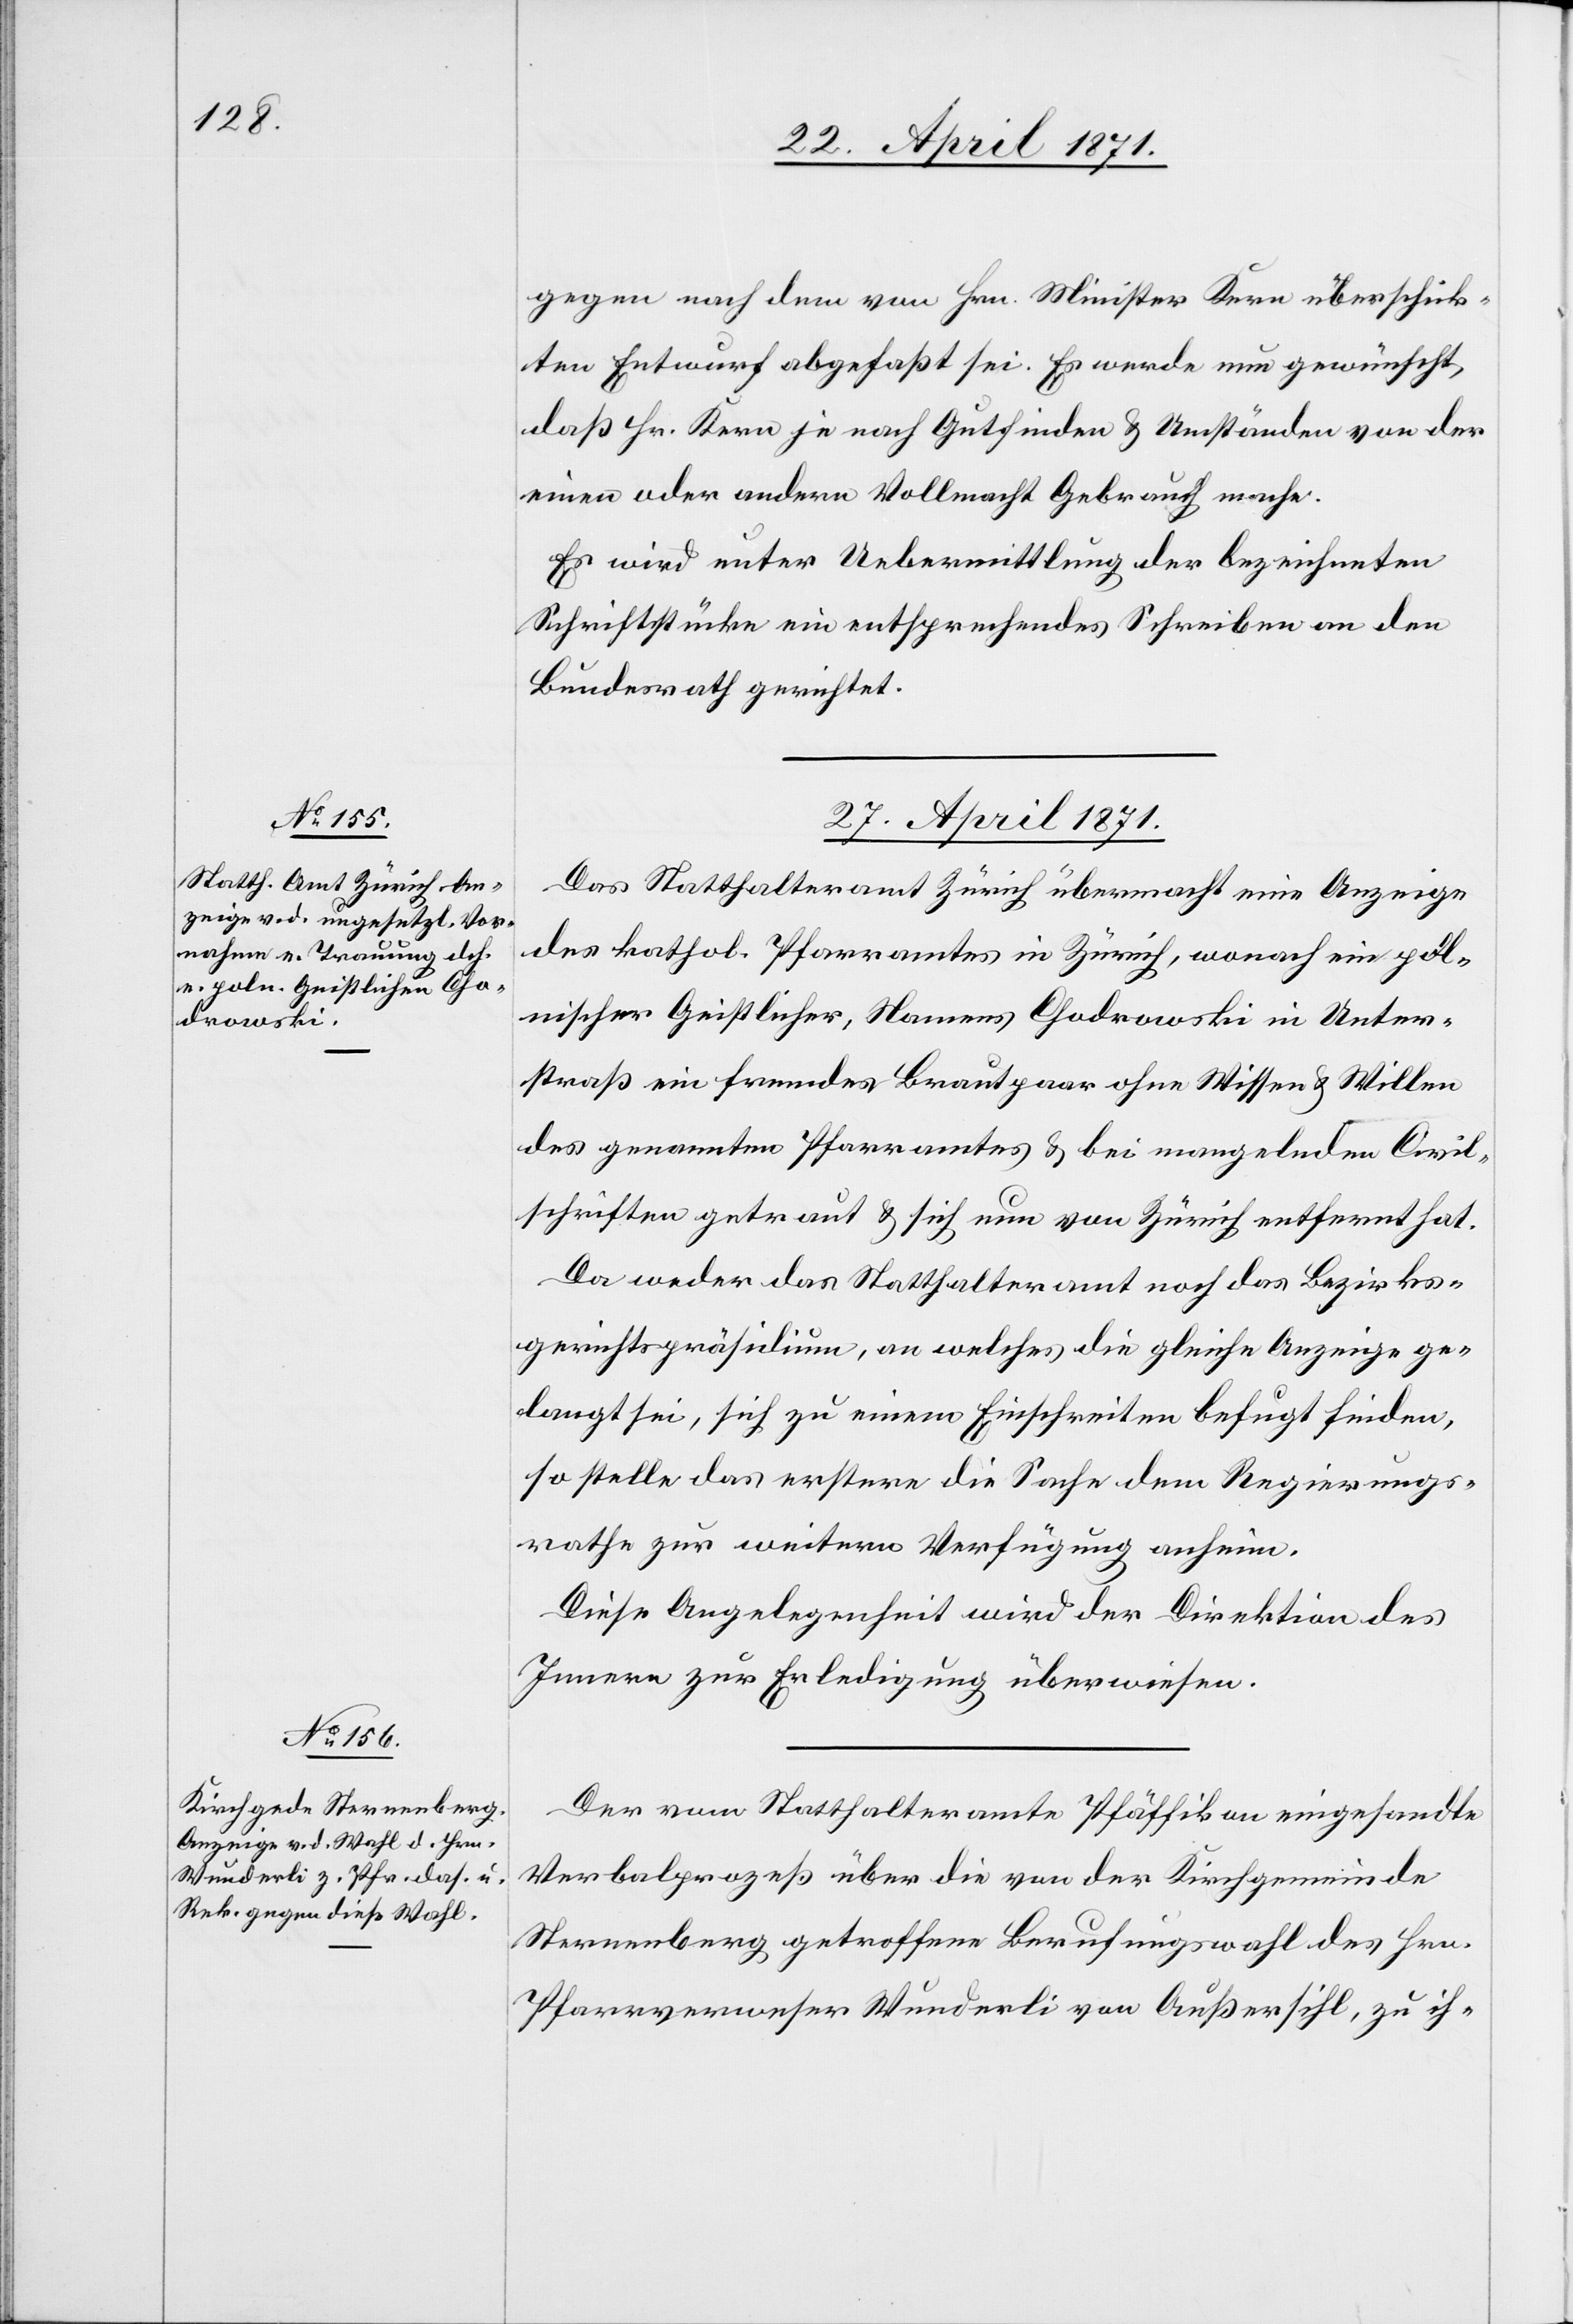
gegen nach dem von Hrn. Minister Kern überschick¬
ten Entwurf abgefaßt sei. Es werde nun gewünscht,
daß Hr. Kern je nach Gutfinden u. Umständen von der
einen oder andern Vollmacht Gebrauch mache.
Es wird unter Uebermittlung der bezeichneten
Schriftstücken ein entsprechendes Schreiben an den
Bundesrath gerichtet.
27. April 1871.]
Das Statthalteramt Zürich übermacht eine Anzeige
des kathol. Pfarramtes in Zürich, wonach ein pol¬
nischer Geistlicher, Namens Chodrowski in Unter¬
straß ein fremdes Brautpaar ohne Wissen u. Willen
des genannten Pfarramtes u. bei mangelnden Civil¬
schriften getraut u. sich nun von Zürich entfernt hat.
Da weder das Statthalteramt noch das Bezirks¬
gerichtspräsidium, an welches die gleiche Anzeige ge¬
langt sei, sich zu einem Einschreiten befugt finden,
so stelle das erstere die Sache dem Regierungs¬
rathe zur weitern Verfügung anheim.
Diese Angelegenheit wird der Direktion des
Innern zur Erledigung überwiesen.
Der vom Statthalteramt Pfäffikon eingesandte
Verbalprozeß über die von der Kirchgemeinde
Sternenberg getroffene Berufungswahl des Hrn.
Pfarrverweser Wunderli von Außersihl, zu ih-